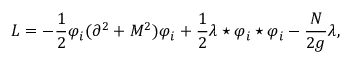
{ \cal L } = - \frac 1 2 \varphi _ { i } ( \partial ^ { 2 } + M ^ { 2 } ) \varphi _ { i } + \frac 1 2 \lambda \star \varphi _ { i } \star \varphi _ { i } - \frac { N } { 2 g } \lambda ,